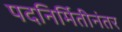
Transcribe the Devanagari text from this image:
पदनिर्मितीनंतर